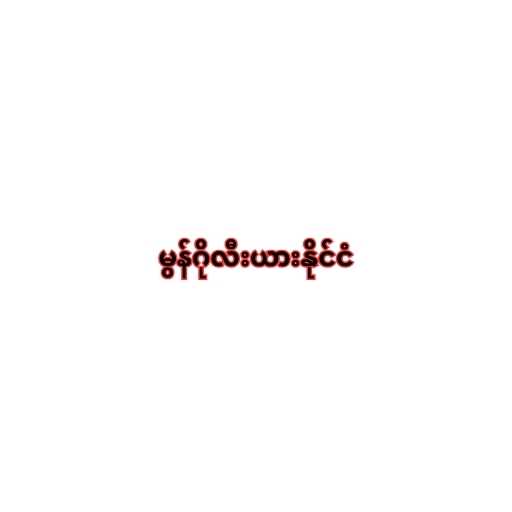
မွန်ဂိုလီးယားနိုင်ငံ